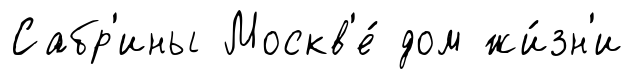
Сабр'ины Москв'е́ дом жи́зн'и